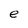
Character: e